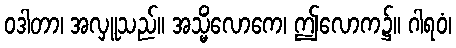
ဝဒါတာ၊ အလှူသည်။ အသ္မိံလောကေ၊ ဤလောက၌။ ဂါရဝံ၊